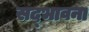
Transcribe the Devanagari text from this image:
सद्‌भावना